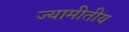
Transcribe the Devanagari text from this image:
ज्यामीतीय